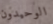
الوحيدون